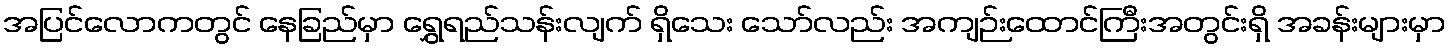
အပြင်လောကတွင် နေခြည်မှာ ရွှေရည်သန်းလျက် ရှိသေး သော်လည်း အကျဉ်းထောင်ကြီးအတွင်းရှိ အခန်းများမှာ